Civil Veterinary Dept. Assam report 1927-50 - 1927-1950
Year: 1927
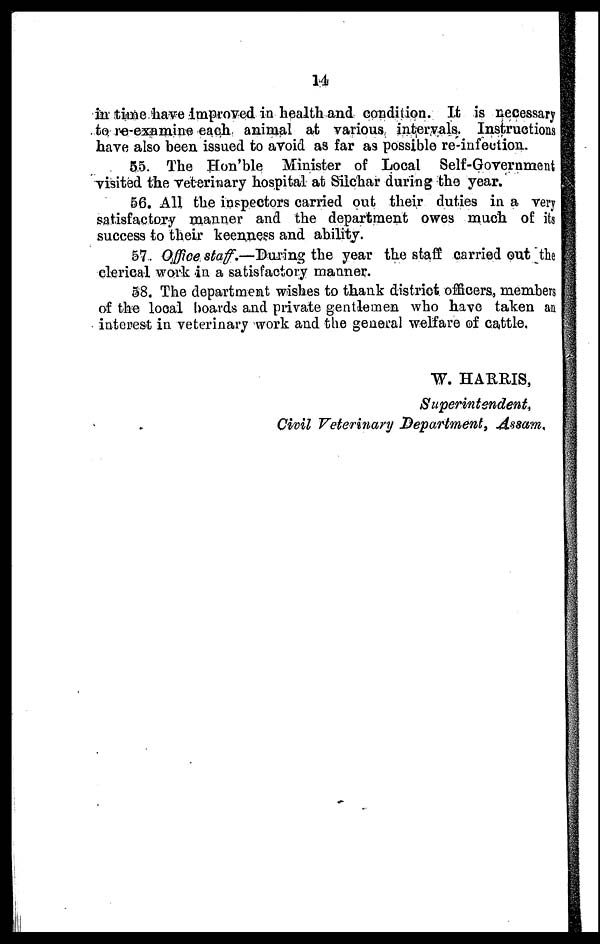
14
in time have improved in health and condition. It is necessary
to re examine each animal at various intervals. Instructions
have also been issued to avoid as far as possible re-infection.
55. The Hon'ble Minister of Local Self-Government
visited the veterinary hospital at Silchar during the year.
56. All the inspectors carried out their duties in a very
satisfactory manner and the department owes much of its
success to their keenness and ability.
57. Office staff.—During the year the staff carried out the
clerical work in a satisfactory manner.
58. The department wishes to thank district officers, members
of the local boards and private gentlemen who have taken an
interest in veterinary work and the general welfare of cattle.
W. HARRIS,
Superintendent,
Civil Veterinary Department, Assam.